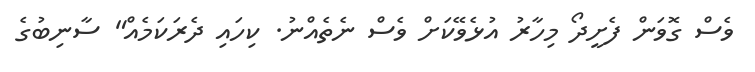
ވެސް ގޮވަން ފެށީދޯ މިހާރު އުޅެވޭކަށް ވެސް ނެތެއްނު. ކިހައި ދެރަކަމެއް" ސާނިބުގެ